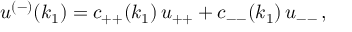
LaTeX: u ^ { ( - ) } ( k _ { 1 } ) = c _ { + + } ( k _ { 1 } ) \, u _ { + + } + c _ { -- } ( k _ { 1 } ) \, u _ { -- } \, , \,